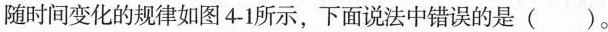
随时间变化的规律如图4-1所示，下面说法中错误的是()。